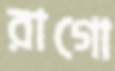
রাগো